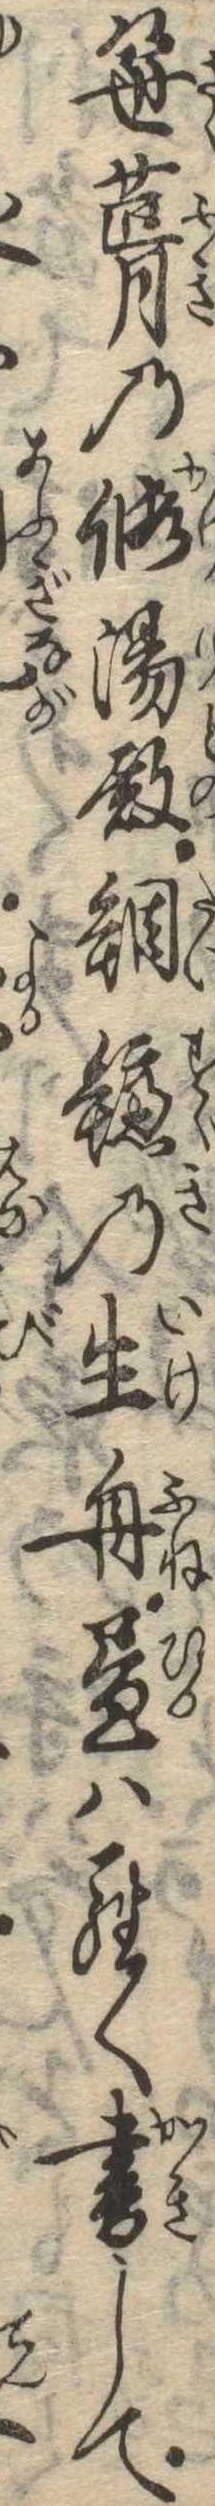
笹葺の仮湯殿鯛鱸の生舟昼はらく書して